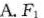
A.F_{1}